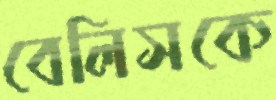
বেলিসকে